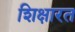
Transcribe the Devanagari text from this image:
शिक्षारत